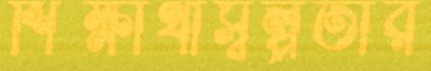
শিক্ষার্থীস্বল্পতার